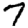
Digit: 7